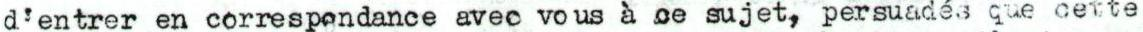
d'entrer en correspondance avec vous à ce sujet, persuadés que cette